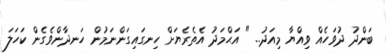
ބަންދު ދުވަހެއް ވިއްޔާ މިއަދު.. " އަޙްމަދު އެތެރެޔަށް ހިނގައިގަންނަމުން ހަނދާންވެގެން ކަހަލަ